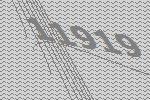
11919